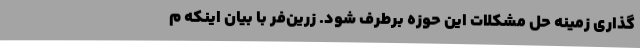
گذاری زمینه حل مشکلات این حوزه برطرف شود. زرین‌فر با بیان اینکه م